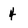
Character: 4